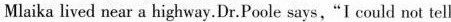
Miaika lived near a highway. Dr.Poole says, "I could not tell